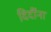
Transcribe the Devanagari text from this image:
दिदींना